Insane asylums in Bengal annual reports 1876-1887 - 1876-1887
Year: 1876
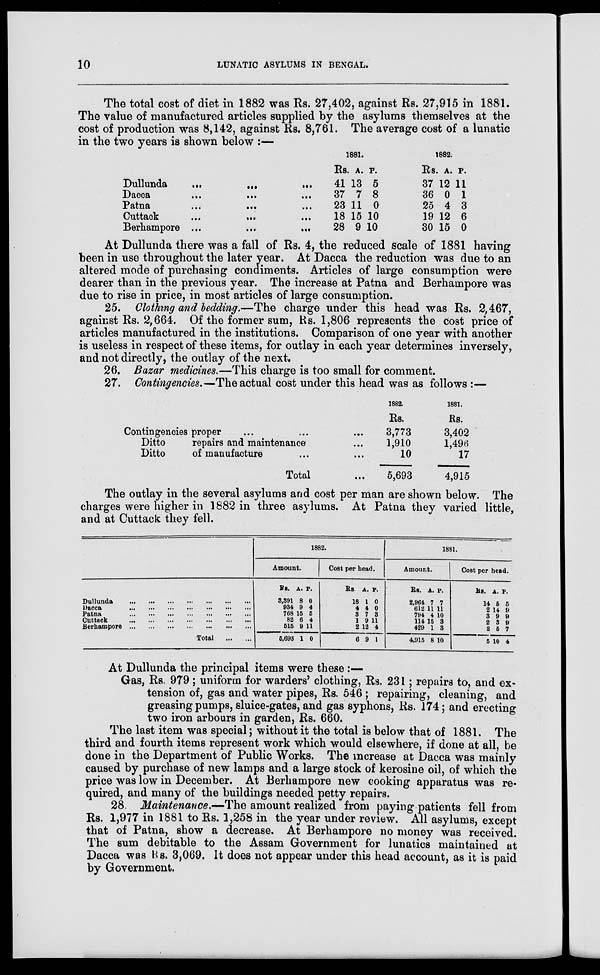
10
LUNATIC ASYLUMS IN BENGAL.
The total cost of diet in 1882 was Rs. 27,402, against Rs. 27,915 in 1881.
The value of manufactured articles supplied by the asylums themselves at the
cost of production was 8,142, against Rs. 8,761. The average cost of a lunatic
in the two years is shown below :—
Dullunda
...
...
...
Dacca
...
...
...
Patna
...
...
...
Cuttack
...
...
...
Berhampore ...
...
...
1881.
Rs.
41
37
23
18
28
A.
13
7
11
15
9
P.
5
8
0
10
10
1882.
Rs.
37
36
25
19
30
A.
12
0
4
12
15
P.
11
1
3
6
0
At Dullunda there was a fall of Rs. 4, the reduced scale of 1881 having
been in use throughout the later year. At Dacca the reduction was due to an
altered mode of purchasing condiments. Articles of large consumption were
dearer than in the previous year. The increase at Patna and Berhampore was
due to rise in price, in most articles of large consumption.
25. Clothing and bedding.—The charge under this head was Rs. 2,467,
against Rs. 2,664. Of the former sum, Rs. 1,806 represents the cost price of
articles manufactured in the institutions. Comparison of one year with another
is useless in respect of these items, for outlay in each year determines inversely,
and not directly, the outlay of the next.
26. Bazar medicines.—This charge is too small for comment.
27. Contingencies.—The actual cost under this head was as follows :—
Contingencies proper ... ... ...
Ditto
repairs and maintenance ...
Ditto
of manufacture ... ...
Total ...
1882.
Rs.
3,773
1,910
10
5,693
1881.
Rs.
3,402
1,496
17
4,915
The outlay in the several asylums and cost per man are shown below. The
charges were higher in 1882 in three asylums. At Patna they varied little,
and at Cuttack they fell.
Dullunda
...
...
...
...
...
...
...
Dacca
...
...
...
...
...
...
...
Patna
...
...
...
...
...
...
...
Cuttack
...
...
...
...
...
...
...
Berhampore
...
...
...
...
...
...
...
Total
...
...
1882.
Amount.
Rs.
3,391
934
768
82
515
5,693
A.
8
9
15
6
9
1
P.
0
4
5
4
11
0
Cost per head.
Rs.
18
4
3
1
2
6
A.
1
4
7
9
12
9
P.
0
0
3
11
4
1
1881.
Amount.
Rs.
2,964
612
794
114
429
4,915
A.
7
11
4
15
1
8
P.
7
11
10
3
3
10
Cost per head.
Rs.
14
2
3
2
2
5
A.
5
14
9
3
5
10
P.
5
9
9
9
7
4
At Dullunda the principal items were these :—
Gas, Rs. 979; uniform for warders' clothing, Rs. 231; repairs to, and ex-
tension of, gas and water pipes, Rs. 546 ; repairing, cleaning, and
greasing pumps, sluice-gates, and gas syphons, Rs. 174; and erecting
two iron arbours in garden, Rs. 660.
The last item was special; without it the total is below that of 1881. The
third and fourth items represent work which would elsewhere, if done at all, be
done in the Department of Public Works. The increase at Dacca was mainly
caused by purchase of new lamps and a large stock of kerosine oil, of which the
price was low in December. At Berhampore new cooking apparatus was re-
quired, and many of the buildings needed petty repairs.
28. Maintenance.—The amount realized from paying patients fell from
Rs. 1,977 in 1881 to Rs. 1,258 in the year under review. All asylums, except
that of Patna, show a decrease. At Berhampore no money was received.
The sum debitable to the Assam Government for lunatics maintained at
Dacca was Rs. 3,069. It does not appear under this head account, as it is paid
by Government.